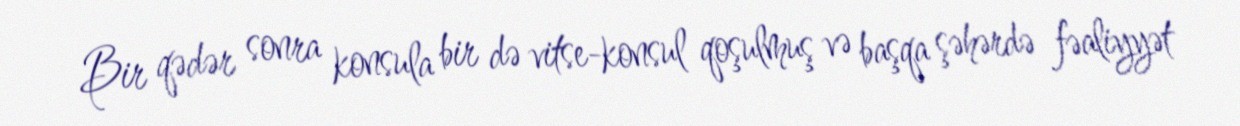
Bir qədər sonra konsula bir də vitse-konsul qoşulmuş və başqa şəhərdə fəaliyyət